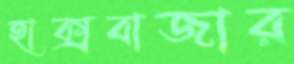
হাক্সবাজার